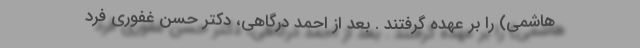
هاشمی) را بر عهده گرفتند . بعد از احمد درگاهی، دکتر حسن غفوری فرد